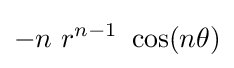
-n~r^{n-1}~\cos(n\theta )